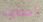
أحضرت